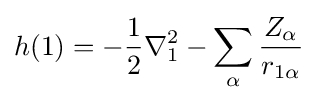
h(1)=-{\frac {1}{2}}\nabla _{1}^{2}-\sum _{\alpha }{\frac {Z_{\alpha }}{r_{1\alpha }}}